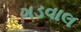
ગડવાલ